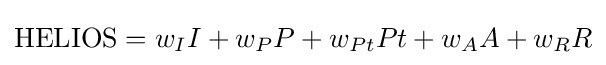
{\text{HELIOS}}=w_{I}I+w_{P}P+w_{Pt}Pt+w_{A}A+w_{R}R